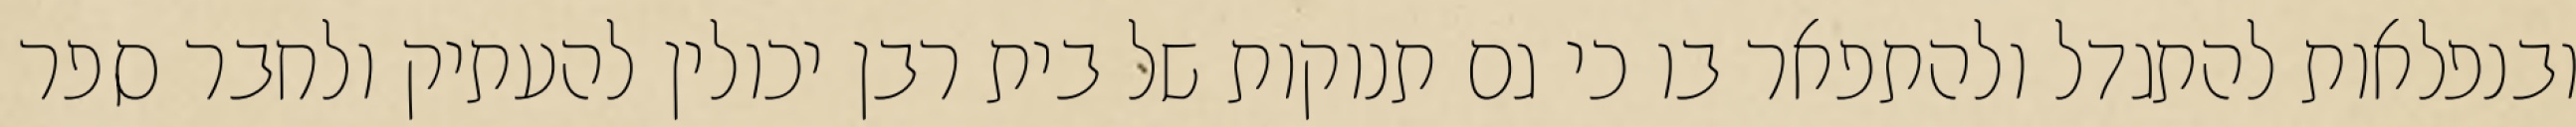
ובנפלאות להתגדל ולהתפאר בו כי גם תנוקות של בית רבן יכולין להעתיק ולחבר ספר